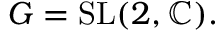
G = { \mathrm { S L } } ( 2 , \mathbb { C } ) .